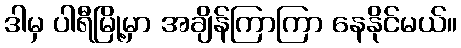
ဒါမှ ပါရီမြို့မှာ အချိန်ကြာကြာ နေနိုင်မယ်။